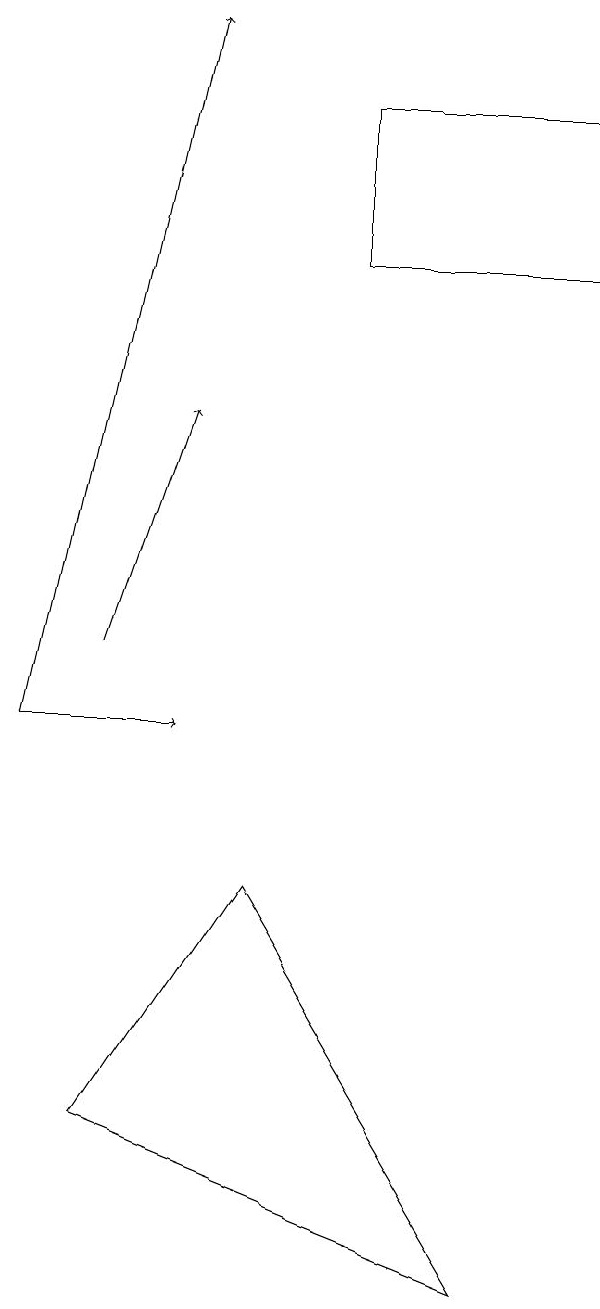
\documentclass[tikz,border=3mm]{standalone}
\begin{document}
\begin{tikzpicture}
\draw[->] (2,10) -- (4,10);
\draw[->] (3,11) -- (4,14);
\draw[->] (2,10) -- (4,19);
\draw (9,18) rectangle (6,16);
\draw (8,3) -- (3,5) -- (5,8) -- cycle;
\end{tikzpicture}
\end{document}